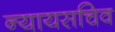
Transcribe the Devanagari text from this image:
न्यायसचिव